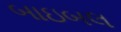
બાઇબલ